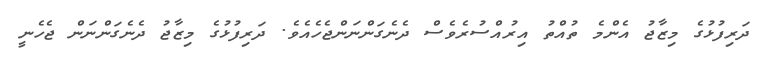
ދަރިފުޅުގެ މިޒާޖު އެންމެ ތުއްތު އިރުއްސުރެވެސް ދެނެގަންނަންޖެހެއެވެ. ދަރިފުޅުގެ މިޒާޖު ދެނެގަންނަން ޖެހެނީ